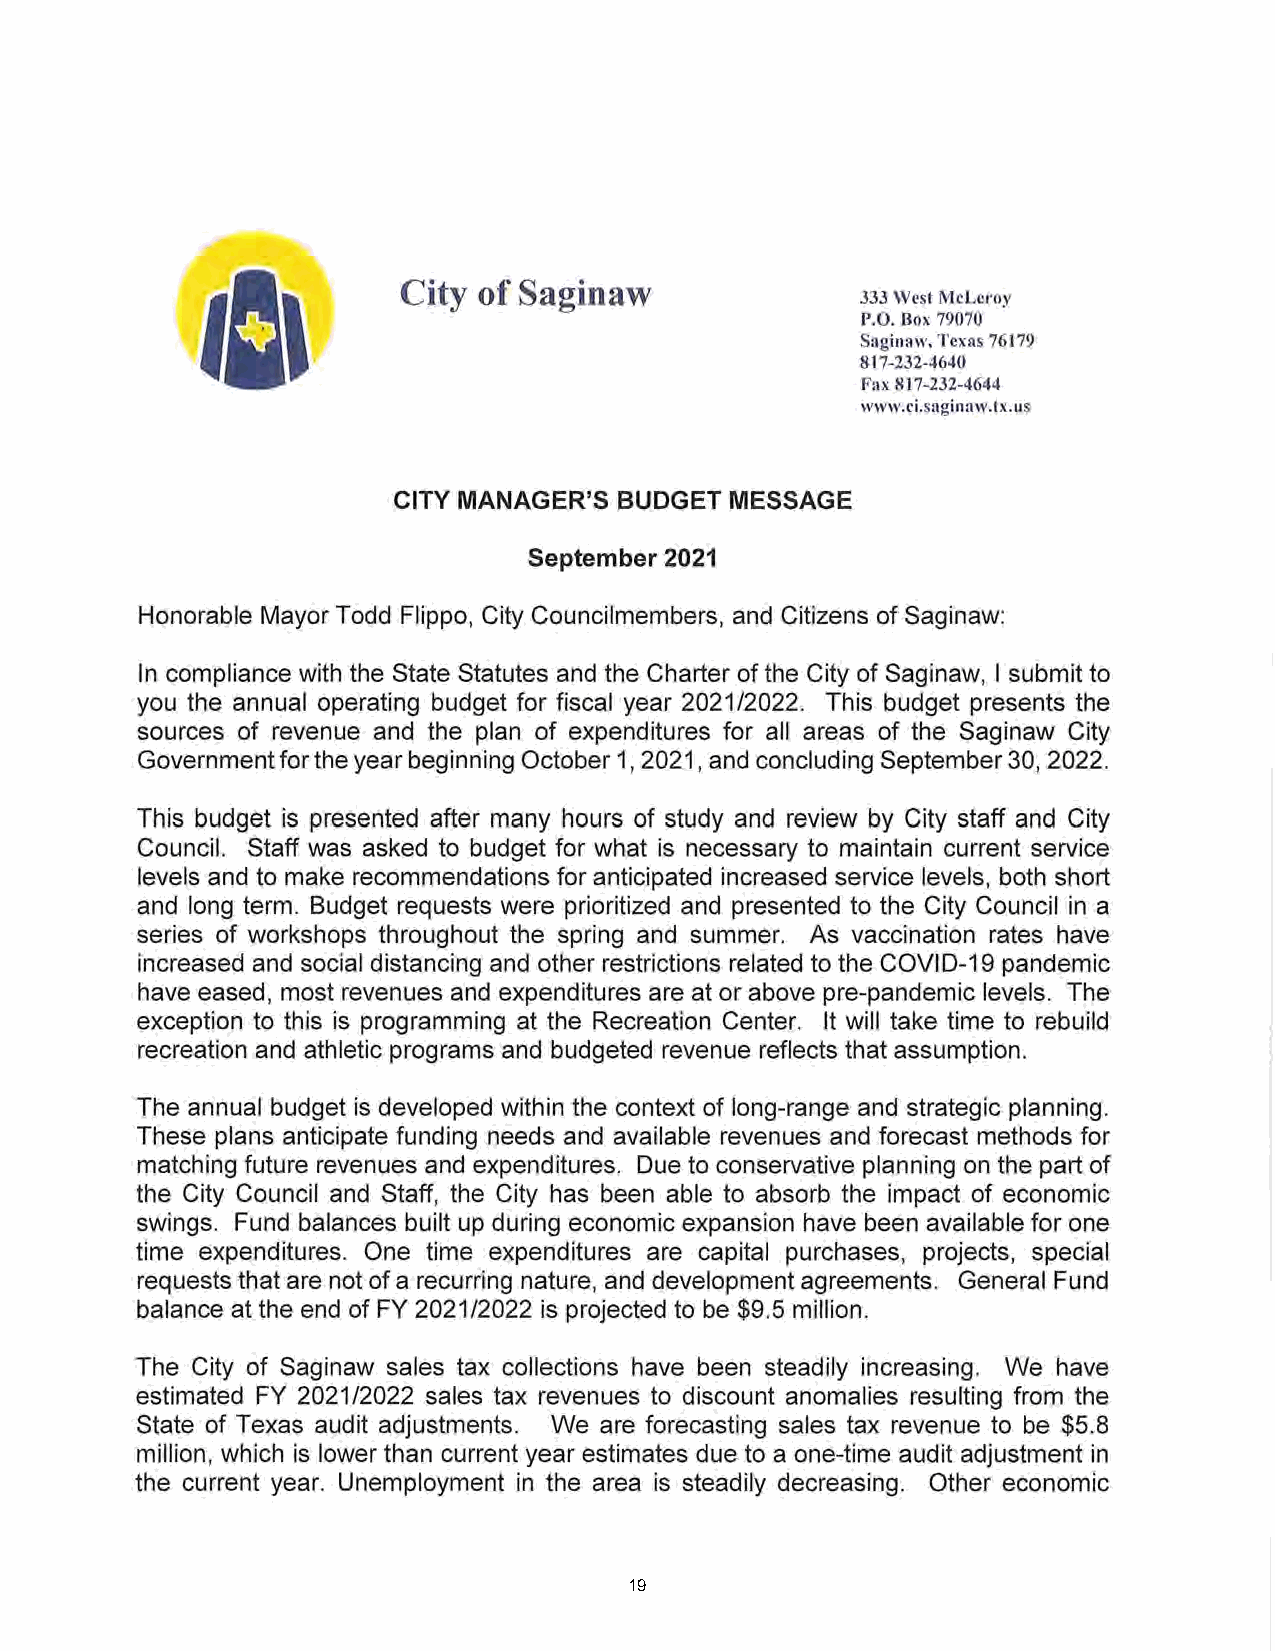
City of Saginaw
 ifli                                        333 West McLeroy
 P.O. Box 79070
 Saginaw, Texas 76179
 817-232-4640
 Fax 817-232-4644
 www.ci.saginaw.tx.us
 CITY MANAGER’S BUDGET MESSAGE
 September 2021
 Honorable Mayor Todd Flippo, City Councilmembers, and Citizens of Saginaw:
 In compliance with the State Statutes and the Charter of the City of Saginaw, I submit to
 you the annual operating budget for fiscal year 2021/2022. This budget presents the
 sources of revenue and the plan of expenditures for all areas of the Saginaw City
 Government for the year beginning October 1,2021, and concluding September 30, 2022.
 This budget is presented after many hours of study and review by City staff and City
 Council. Staff was asked to budget for what is necessary to maintain current service
 levels and to make recommendations for anticipated increased service levels, both short
 and long term. Budget requests were prioritized and presented to the City Council in a
 series of workshops throughout the spring and summer. As vaccination rates have
 increased and social distancing and other restrictions related to the COVID-19 pandemic
 have eased, most revenues and expenditures are at or above pre-pandemic levels. The
 exception to this is programming at the Recreation Center. It will take time to rebuild
 recreation and athletic programs and budgeted revenue reflects that assumption.
 The annual budget is developed within the context of long-range and strategic planning.
 These plans anticipate funding needs and available revenues and forecast methods for
 matching future revenues and expenditures. Due to conservative planning on the part of
 the City Council and Staff, the City has been able to absorb the impact of economic
 swings. Fund balances built up during economic expansion have been available for one
 time expenditures. One time expenditures are capital purchases, projects, special
 requests that are not of a recurring nature, and development agreements. General Fund
 balance at the end of FY 2021/2022 is projected to be $9.5 million.
 The City of Saginaw sales tax collections have been steadily increasing. We have
 estimated FY 2021/2022 sales tax revenues to discount anomalies resulting from the
 State of Texas audit adjustments. We are forecasting sales tax revenue to be $5.8
 million, which is lower than current year estimates due to a one-time audit adjustment in
 the current year. Unemployment in the area is steadily decreasing. Other economic
 19